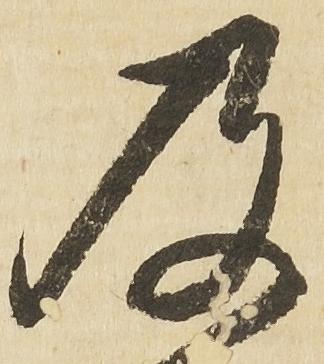
及